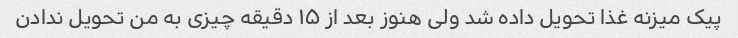
پیک میزنه غذا تحویل داده شد ولی هنوز بعد از ۱۵ دقیقه چیزی به من تحویل ندادن